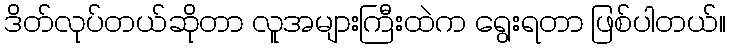
ဒိတ်လုပ်တယ်ဆိုတာ လူအများကြီးထဲက ရွေးရတာ ဖြစ်ပါတယ်။